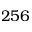
2 5 6